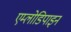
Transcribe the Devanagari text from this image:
एम्लोडिपाइन